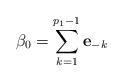
LaTeX: \begin{align*}\beta _{0}=\sum_{k=1}^{p_{1}-1}\mathbf{e}_{-k}\end{align*}